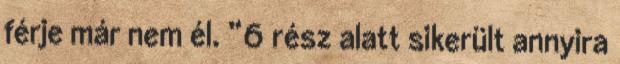
férje már nem él. “6 rész alatt sikerült annyira